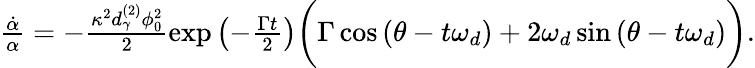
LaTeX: \begin{array}{r}{\frac{\dot{\alpha}}{\alpha}=-\frac{\kappa^{2}d_{\gamma}^{(2)}\phi_{0}^{2}}{2}\exp{\left(-\frac{\Gamma t}{2}\right)}\bigg(\Gamma\cos\left(\theta-t\omega_{d}\right)+2\omega_{d}\sin\left(\theta-t\omega_{d}\right)\bigg).}\end{array}